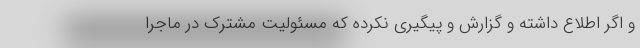
و اگر اطلاع داشته و گزارش و پیگیری نکرده که مسئولیت مشترک در ماجرا